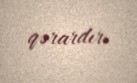
qərardır.